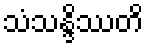
သံသန္ဒိဿတိ